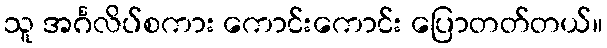
သူ အင်္ဂလိပ်စကား ကောင်းကောင်း ပြောတတ်တယ်။